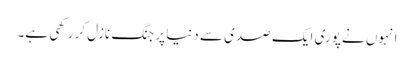
انہوں نے پوری ایک صدی سے دنیا پر جنگ نازل کر رکھی ہے۔